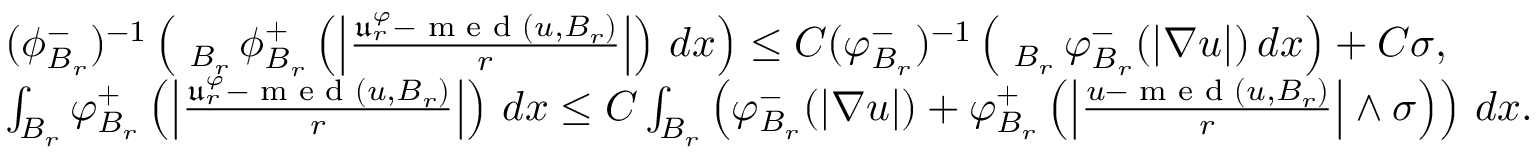
\begin{array} { r l } & { ( \phi _ { B _ { r } } ^ { - } ) ^ { - 1 } \left( \fint _ { B _ { r } } \phi _ { B _ { r } } ^ { + } \left( \left| \frac { \mathfrak { u } _ { r } ^ { \varphi } - \textnormal { m e d } ( u , B _ { r } ) } { r } \right| \right) \, d x \right) \leq C ( \varphi _ { B _ { r } } ^ { - } ) ^ { - 1 } \left( \fint _ { B _ { r } } \varphi _ { B _ { r } } ^ { - } ( | \nabla u | ) \, d x \right) + C \sigma , } \\ & { \int _ { B _ { r } } \varphi _ { B _ { r } } ^ { + } \left( \left| \frac { \mathfrak { u } _ { r } ^ { \varphi } - \textnormal { m e d } ( u , B _ { r } ) } { r } \right| \right) \, d x \leq C \int _ { B _ { r } } \left( \varphi _ { B _ { r } } ^ { - } ( | \nabla u | ) + \varphi _ { B _ { r } } ^ { + } \left( \left| \frac { u - \textnormal { m e d } ( u , B _ { r } ) } { r } \right| \wedge \sigma \right) \right) \, d x . } \end{array}